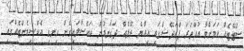
ސްޓޭޓެއް ކަމަށްވާ އުއްތަރަ ޕްރަދޭޝްގައި އިއްޔެ ރޭލެއް ދަގަނޑުން ކައްސާލައިގެން ހިނގި އެކްސިޑެންޓެއްގައި